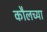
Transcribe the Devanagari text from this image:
कौलच्या